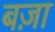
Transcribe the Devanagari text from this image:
बज़ा